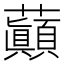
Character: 𧄺